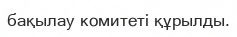
бақылау комитеті құрылды.